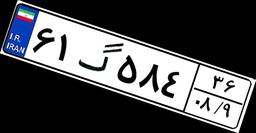
۹۹گ۹۳۲۳۸